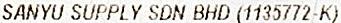
SANYU SUPPLY SDN BHD (1135772-K)